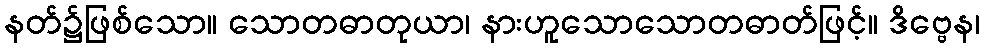
နတ်၌ဖြစ်သော။ သောတဓာတုယာ၊ နားဟူသောသောတဓာတ်ဖြင့်။ ဒိဗ္ဗေန၊